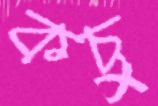
কচুু